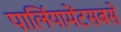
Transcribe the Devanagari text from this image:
पार्लियामेंटसबसे